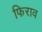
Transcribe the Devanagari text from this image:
फिराव